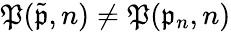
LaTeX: \mathfrak{P}(\tilde{\mathfrak{p}},n)\neq\mathfrak{P}(\mathfrak{p}_{n},n)